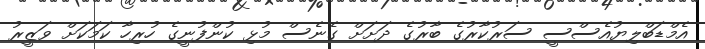
އެމްޑަބްލިޔުއެސްސީ ސަރުކާރުގެ ބާރުގެ ދަށަށް ގެނެސް މުޅި ކުންފުނީގެ ހުރިހާ ކަމަކަށް ވަޒީރު